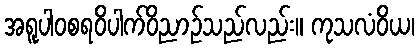
အရူပါဝစရဝိပါက်ဝိညာဉ်သည်လည်း။ ကုသလံဝိယ၊